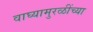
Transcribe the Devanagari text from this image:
वाघ्यामुरळींच्या